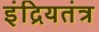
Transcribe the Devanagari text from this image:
इंद्रियतंत्र